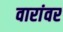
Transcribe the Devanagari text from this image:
वारांवर